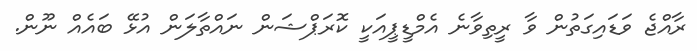
ރާއްޖެ ވަޑައިގަތުން ވާ ރީތިވާނެ އެމްޑީޕީއަކީ ކޮރަޕްޝަން ނައްތާލަން އުޅޭ ބައެއް ނޫން.